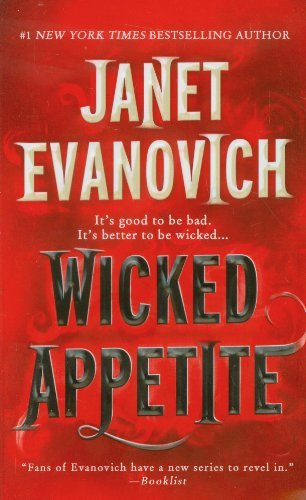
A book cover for Wicked Appetite (Lizzy and Diesel); Janet Evanovich; Mystery, Thriller & Suspense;